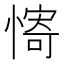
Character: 𫻀